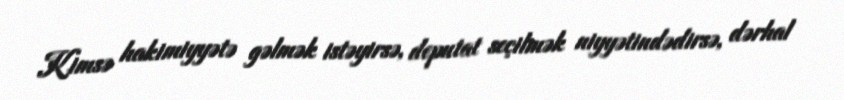
Kimsə hakimiyyətə gəlmək istəyirsə, deputat seçilmək niyyətindədirsə, dərhal